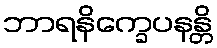
ဘာရနိက္ခေပနန္တိ